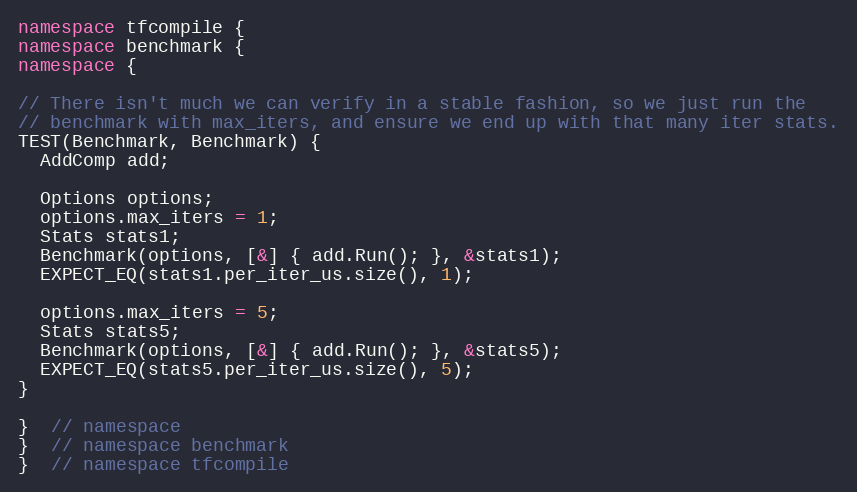
Language: C++
namespace tfcompile {
namespace benchmark {
namespace {

// There isn't much we can verify in a stable fashion, so we just run the
// benchmark with max_iters, and ensure we end up with that many iter stats.
TEST(Benchmark, Benchmark) {
  AddComp add;

  Options options;
  options.max_iters = 1;
  Stats stats1;
  Benchmark(options, [&] { add.Run(); }, &stats1);
  EXPECT_EQ(stats1.per_iter_us.size(), 1);

  options.max_iters = 5;
  Stats stats5;
  Benchmark(options, [&] { add.Run(); }, &stats5);
  EXPECT_EQ(stats5.per_iter_us.size(), 5);
}

}  // namespace
}  // namespace benchmark
}  // namespace tfcompile